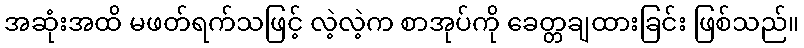
အဆုံးအထိ မဖတ်ရက်သဖြင့် လဲ့လဲ့က စာအုပ်ကို ခေတ္တချထားခြင်း ဖြစ်သည်။